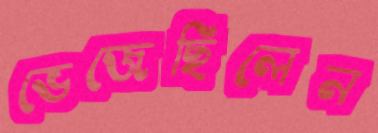
ভেজেছিলেন